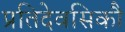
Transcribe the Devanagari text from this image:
प्रतिदेवसिकौ